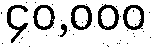
၄၀,၀၀၀